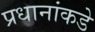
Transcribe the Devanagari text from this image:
प्रधानांकडे